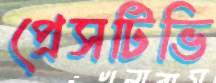
প্রেসটিভি